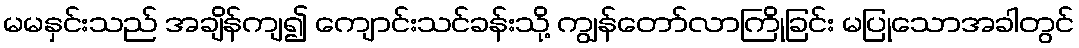
မမနှင်းသည် အချိန်ကျ၍ ကျောင်းသင်ခန်းသို့ ကျွန်တော်လာကြိုခြင်း မပြုသောအခါတွင်